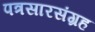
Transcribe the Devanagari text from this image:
पत्रसारसंग्रह